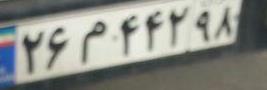
۲۶م۴۴۲۹۸